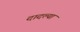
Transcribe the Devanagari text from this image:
दादल्या